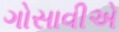
ગોસાવીએ